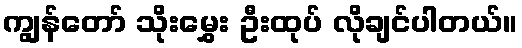
ကျွန်တော် သိုးမွှေး ဦးထုပ် လိုချင်ပါတယ်။